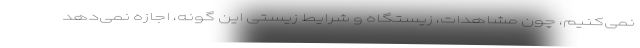
نمی‌کنیم، چون مشاهدات، زیستگاه و شرایط زیستی این گونه، اجازه نمی‌دهد